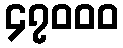
၄၇၀၀၀